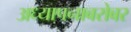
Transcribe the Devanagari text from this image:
अध्यापनाबरोबर